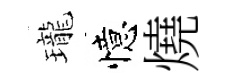
瓏憶燒